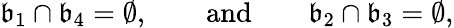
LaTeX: \mathfrak{b}_{1}\cap\mathfrak{b}_{4}=\emptyset,\qquad\mathrm{{and}}\qquad\mathfrak{b}_{2}\cap\mathfrak{b}_{3}=\emptyset,